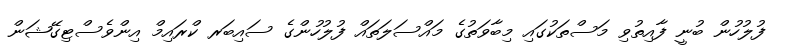
ފުލުހުން ބުނީ ފާއިތުވި މަސްތަކުގައި މިބާވަތުގެ މައްސަލަތައް ފުލުހުންގެ ސައިބަރ ކްރައިމް އިންވެސްޓިގޭޝަން